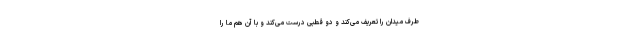
طرف میدان را تعریف می‌کند و دو قطبی درست می‌کند و با آن هم ما را